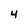
Character: 4